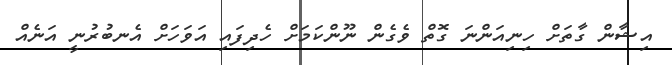
އިޝާން ގާތަށް ހިނިއަންނަ ގޮތް ވެގެން ނޫންކަމަށް ހެދިފައި އަވަހަށް އެނބުރުނީ އަނެއް